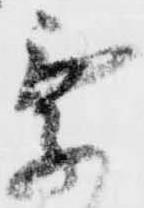
乗